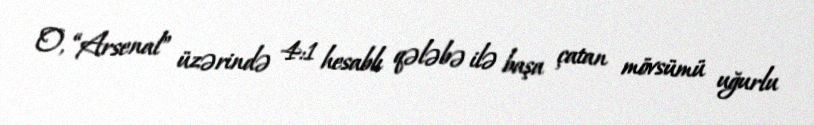
O, “Arsenal” üzərində 4:1 hesablı qələbə ilə başa çatan mövsümü uğurlu